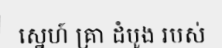
ស្នេហ៍ គ្រា ដំបូង របស់